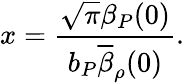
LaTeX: x=\frac{\sqrt{\pi}\beta_{P}(0)}{b_{P}\overline{{{\beta}}}_{\rho}(0)}.